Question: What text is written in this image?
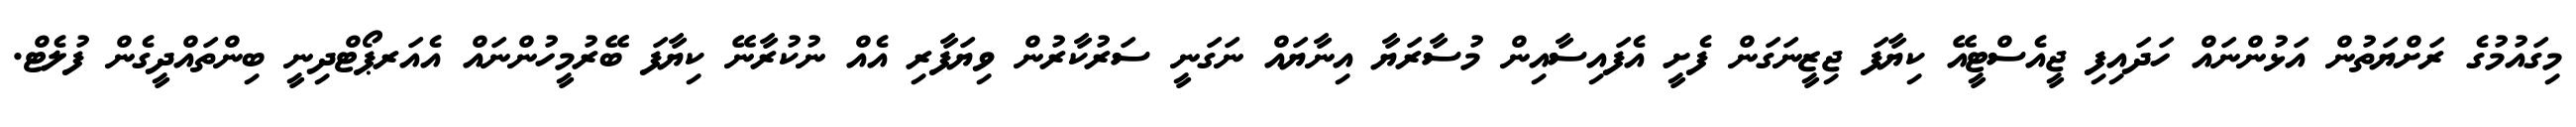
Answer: މިގައުމުގެ ރަށްޔަތުން އަޅުންނައް ހަދައިފި ޖީއެސްޓީއޭ ކިޔާފަ ޖިޒީނަގަން ފެށީ އެފައިސާއިން މުސާރަޔާ އިނާޔައް ނަގަނީ ސަރުކާރުން ވިޔަފާރި އެއް ނުކުރާނޭ ކިޔާފަ ބޭރުމީހުންނައް އެއަރޕޯޓްދިނީ ބިންތައްދީގެން ފުލެޓް.